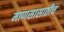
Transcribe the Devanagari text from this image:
माणसासाठीच